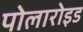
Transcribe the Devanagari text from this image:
पोलारोइड